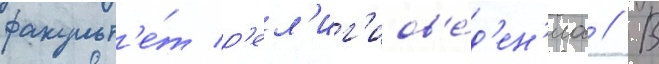
факульт'е́т р'ел'иг'иов'е́д'ен'иа // В